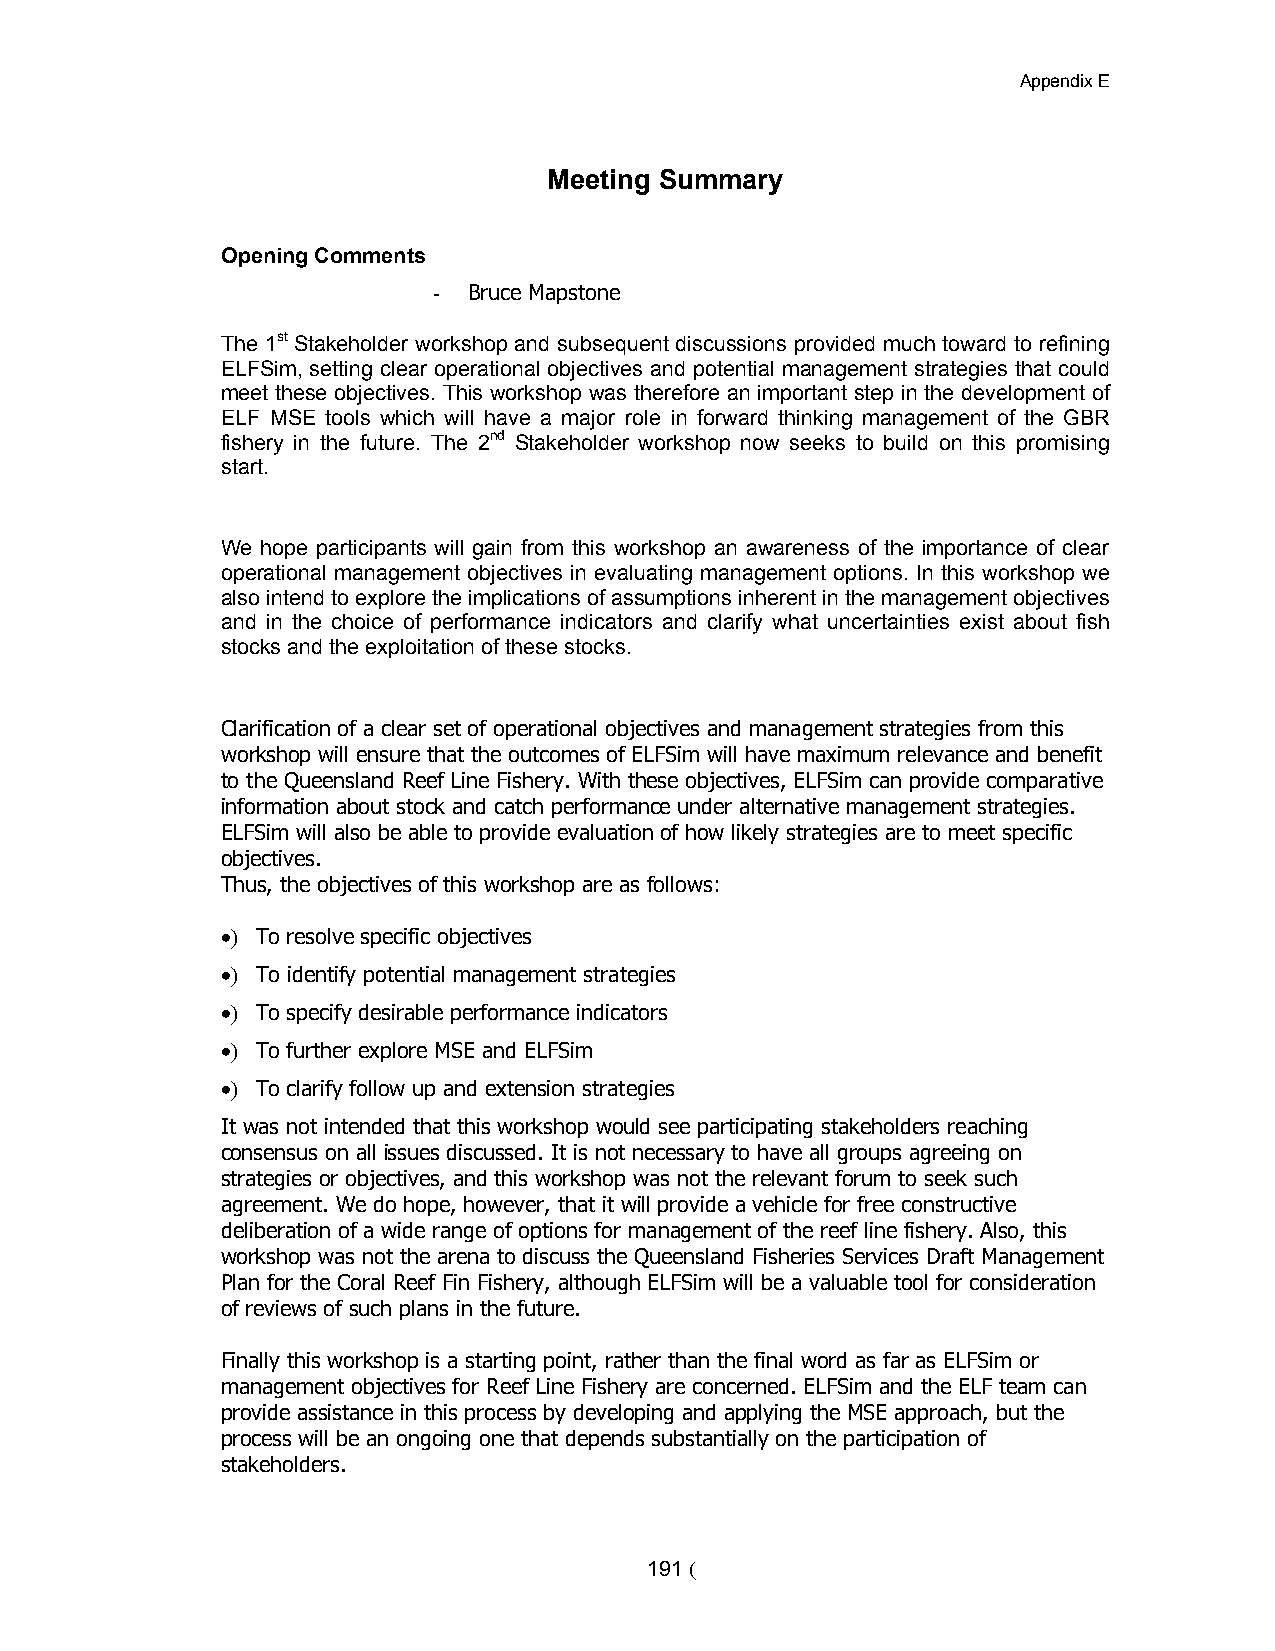
Appendix E
 Meeting Summary
 Opening Comments
 - Bruce Mapstone
 The 1st Stakeholder workshop and subsequent discussions provided much toward to refining
 ELFSim, setting clear operational objectives and potential management strategies that could
 meet these objectives. This workshop was therefore an important step in the development of
 ELF MSE tools which will have a major role in forward thinking management of the GBR
 fishery in the future. The 2nd Stakeholder workshop now seeks to build on this promising
 start.
 We hope participants will gain from this workshop an awareness of the importance of clear
 operational management objectives in evaluating management options. In this workshop we
 also intend to explore the implications of assumptions inherent in the management objectives
 and in the choice of performance indicators and clarify what uncertainties exist about fish
 stocks and the exploitation of these stocks.
 Clarification of a clear set of operational objectives and management strategies from this
 workshop will ensure that the outcomes of ELFSim will have maximum relevance and benefit
 to the Queensland Reef Line Fishery. With these objectives, ELFSim can provide comparative
 information about stock and catch performance under alternative management strategies.
 ELFSim will also be able to provide evaluation of how likely strategies are to meet specific
 objectives.
 Thus, the objectives of this workshop are as follows:
 > To resolve specific objectives
 > To identify potential management strategies
 > To specify desirable performance indicators
 > To further explore MSE and ELFSim
 > To clarify follow up and extension strategies
 It was not intended that this workshop would see participating stakeholders reaching
 consensus on all issues discussed. It is not necessary to have all groups agreeing on
 strategies or objectives, and this workshop was not the relevant forum to seek such
 agreement. We do hope, however, that it will provide a vehicle for free constructive
 deliberation of a wide range of options for management of the reef line fishery. Also, this
 workshop was not the arena to discuss the Queensland Fisheries Services Draft Management
 Plan for the Coral Reef Fin Fishery, although ELFSim will be a valuable tool for consideration
 of reviews of such plans in the future.
 Finally this workshop is a starting point, rather than the final word as far as ELFSim or
 management objectives for Reef Line Fishery are concerned. ELFSim and the ELF team can
 provide assistance in this process by developing and applying the MSE approach, but the
 process will be an ongoing one that depends substantially on the participation of
 stakeholders.
 191 (